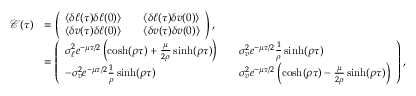
\begin{array} { r l } { \mathcal { C } ( \tau ) } & { = \left( \begin{array} { l l l } { \langle \delta \ell ( \tau ) \delta \ell ( 0 ) \rangle } & & { \langle \delta \ell ( \tau ) \delta v ( 0 ) \rangle } \\ { \langle \delta v ( \tau ) \delta \ell ( 0 ) \rangle } & & { \langle \delta v ( \tau ) \delta v ( 0 ) \rangle } \end{array} \right) , } \\ & { = \left( \begin{array} { l l l } { \sigma _ { \ell } ^ { 2 } e ^ { - \mu \tau / 2 } \left( \cosh ( \rho \tau ) + \frac { \mu } { 2 \rho } \sinh ( \rho \tau ) \right) } & & { \sigma _ { v } ^ { 2 } e ^ { - \mu \tau / 2 } \frac { 1 } { \rho } \sinh ( \rho \tau ) } \\ { - \sigma _ { v } ^ { 2 } e ^ { - \mu \tau / 2 } \frac { 1 } { \rho } \sinh ( \rho \tau ) } & & { \sigma _ { v } ^ { 2 } e ^ { - \mu \tau / 2 } \left( \cosh ( \rho \tau ) - \frac { \mu } { 2 \rho } \sinh ( \rho \tau ) \right) } \end{array} \right) , } \end{array}